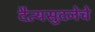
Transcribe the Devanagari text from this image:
दैत्यसुदनेचे